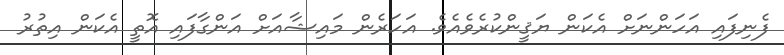
ފެނިފައި އަހަންނަށް އެކަން ޔަޤީންކުރެވެއެވެ. އަހަރެން މައިޝާއަށް އަންގާފައި އޮތީ އެކަން އިތުރު